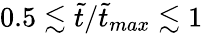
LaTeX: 0.5\lesssim\tilde{t}/\tilde{t}_{max}\lesssim 1